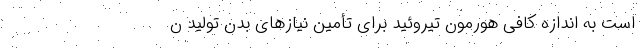
است به اندازه کافی هورمون تیروئید برای تأمین نیاز‌های بدن تولید ن